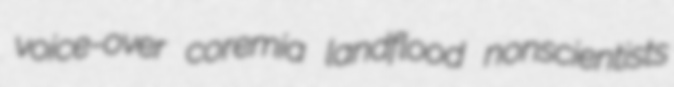
voice-over coremia landflood nonscientists